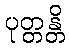
ပုတ္တန္တိ